Bréfritari: Sigríður Pálsdóttir
Viðtakandi: Páll Pálsson
Dagsetning: A-1862-09-06
Skrifað á: Breiðabólsstað  Rang.
Páll var bróðir Sigríðar

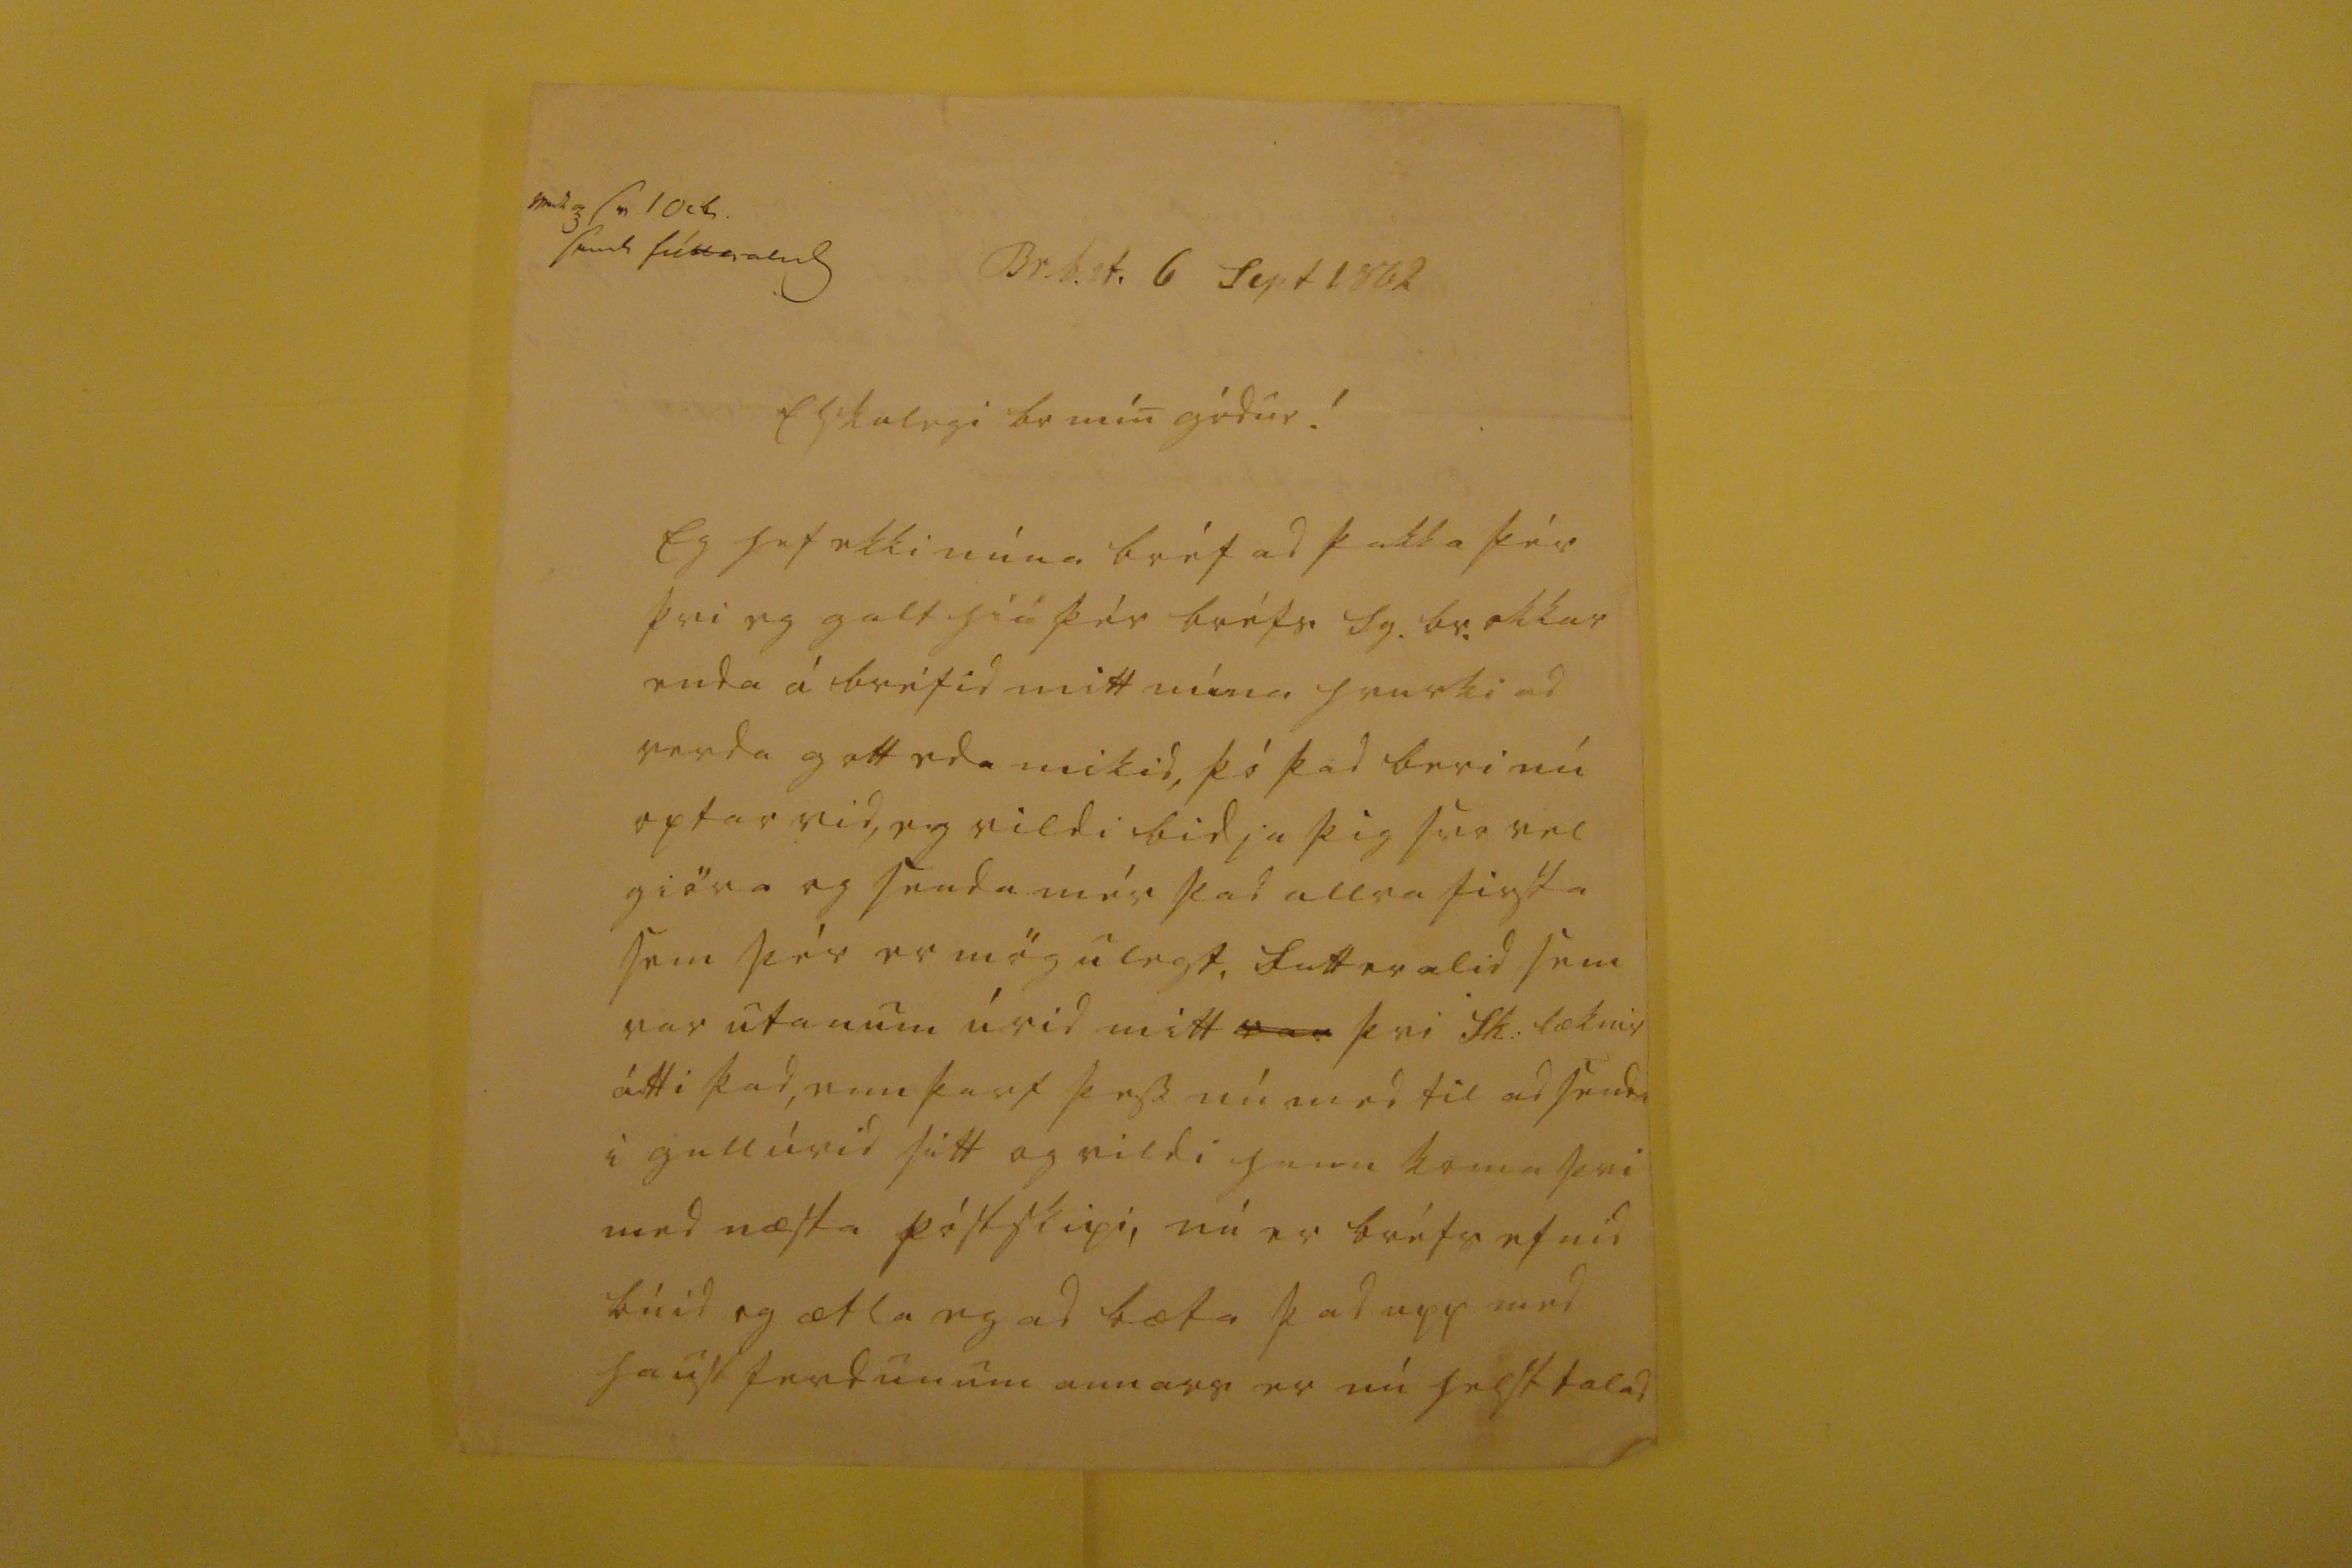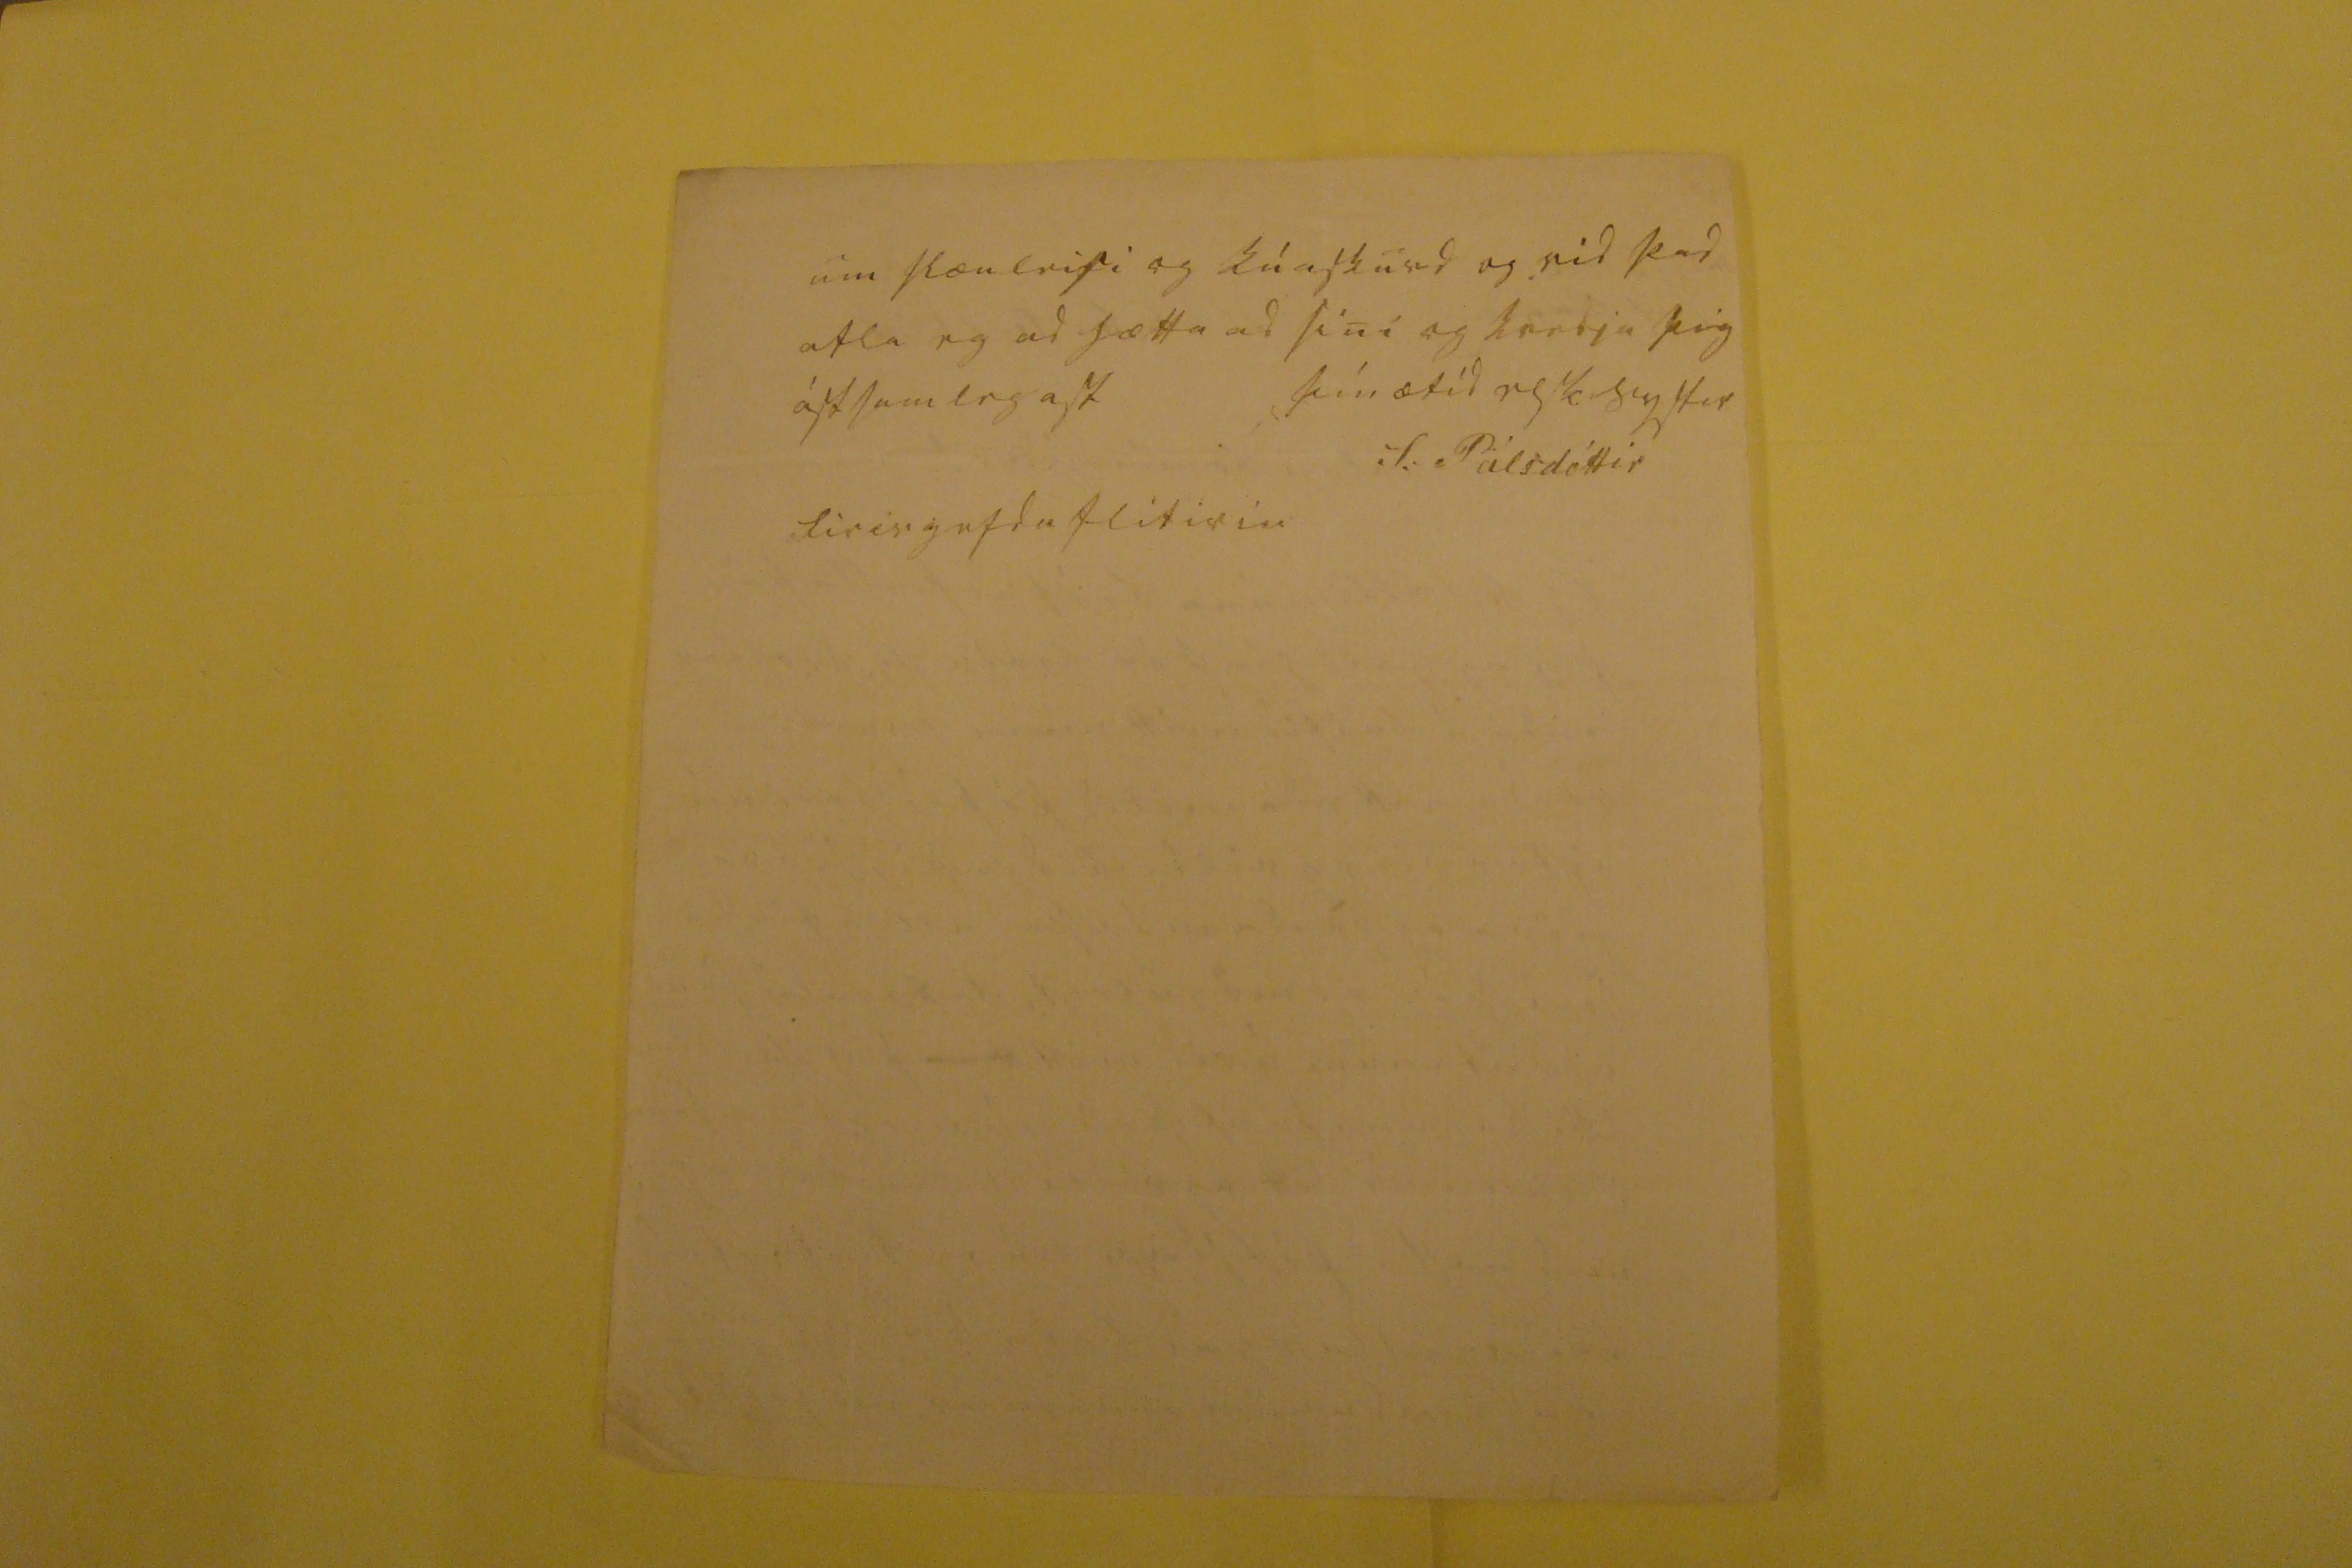

000 3 sv 1 Oc br. s000 fétta000
Br.b.st. 6 Sept 1862
Elskulegi br min gódur!
Eg hef ekki núna bréf ad þakka þér þvi eg galt hiá þér bréfs Sg. br. okkar enda á bréfid mitt núna hvurki ad verda gott eda mikid, þó þad beri nú optar vid, eg vildi bidja þig svo vel giöra og senda mér þad allra firsta sem þér er mögulegt,
00tt0ralid
sem var utanum úrid mitt
var
þvi sk: læknir átti þad, enn þarf þess nú med til ad senda i gullúrid sitt og vildi hann koma þvi med næsta póstskipi, nú er bréfs efnid búid og ætla eg ad bæta þad upp med haustferdunum annars er nú helst talad
um slænleisi og kúaskurd og vid þad atla eg ad hætta ad sini og kvedja þig ástsamlegast
þín ætid elsk systir
S. Pálsdóttir
firirgefdu flitirin